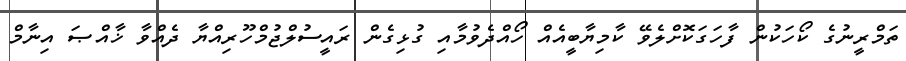
ތަމްރީނުގެ ކޯހަކުން ފާހަގަކޮށްލެވޭ ކާމިޔާބީއެއް ހޯއްދެވުމާއި ގުޅިގެން ރައީސުލްޖުމްހޫރިއްޔާ ދެއްވާ ޚާއްޞަ އިނާމް